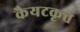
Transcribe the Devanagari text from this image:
कैयटकृत